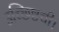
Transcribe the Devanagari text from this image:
उच्छिष्टची।